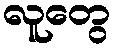
လူတွေ